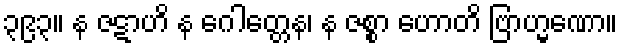
၃၉၃။ န ဇဋာဟိ န ဂေါတ္တေန၊ န ဇစ္စာ ဟောတိ ဗြာဟ္မဏော။